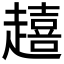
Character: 𮚿